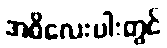
အဓိလေးပါးတွင်